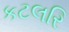
કટલરિ